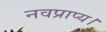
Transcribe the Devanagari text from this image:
नवप्राप्य।